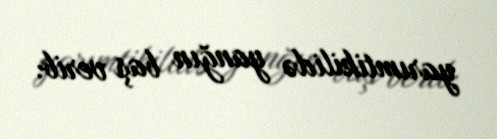
yarımtikilidə yanğın baş verib.